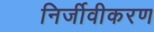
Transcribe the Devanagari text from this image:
निर्जीवीकरण